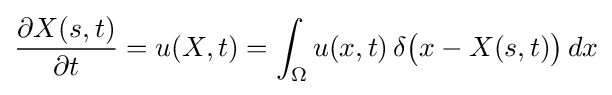
{\frac {\partial X(s,t)}{\partial t}}=u(X,t)=\int _{\Omega }u(x,t)\,\delta {\big (}x-X(s,t){\big )}\,dx